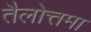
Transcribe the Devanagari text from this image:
तैलोत्तमा